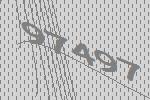
97497